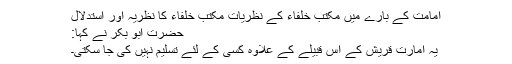
امامت کے بارے میں مکتب خلفاء کے نظریات مکتب خلفاء کا نظریہ اور استدلال
حضرت ابو بکر نے کہا:
یہ امارت قریش کے اس قبیلے کے علاوہ کسی کے لئے تسلیم نہیں کی جا سکتی۔